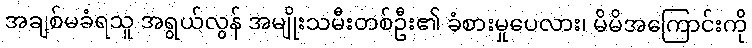
အချစ်မခံရသူ အရွယ်လွန် အမျိုးသမီးတစ်ဦး၏ ခံစားမှုပေလား၊ မိမိအကြောင်းကို